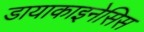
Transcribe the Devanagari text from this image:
डायाकाइनेसिस